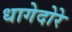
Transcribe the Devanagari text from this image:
धागेदोरे